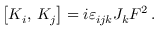
\left[ { \cal K } _ { i } , \, { \cal K } _ { j } \right] = i \varepsilon _ { i j k } J _ { k } F ^ { 2 } \, .